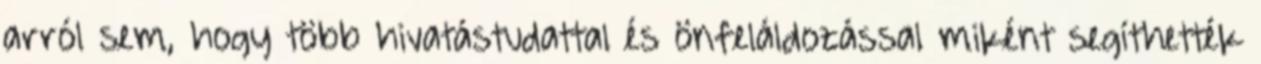
arról sem, hogy több hivatástudattal és önfeláldozással miként segíthették